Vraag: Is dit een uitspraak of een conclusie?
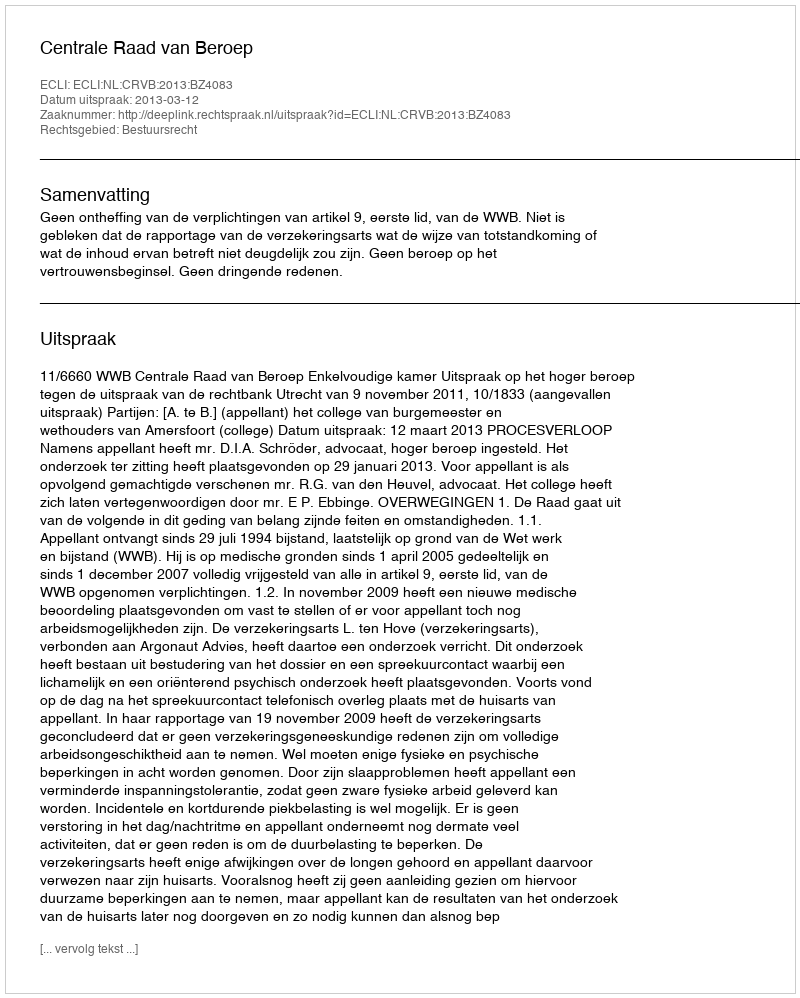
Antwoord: Uitspraak